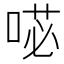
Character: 𭈺